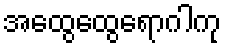
အထွေထွေရောဂါကု